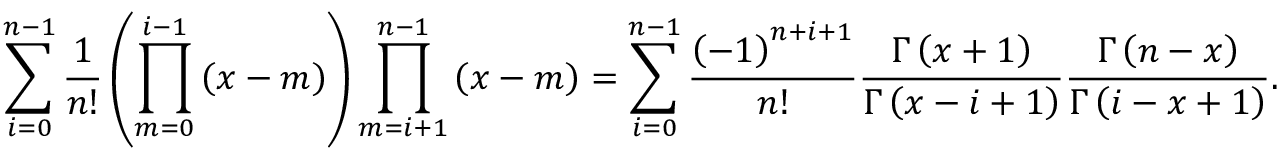
\sum _ { i = 0 } ^ { n - 1 } \frac { 1 } { n ! } \left( \prod _ { m = 0 } ^ { i - 1 } \left( x - m \right) \right) \prod _ { m = i + 1 } ^ { n - 1 } \left( x - m \right) = \sum _ { i = 0 } ^ { n - 1 } \frac { \left( - 1 \right) ^ { n + i + 1 } } { n ! } \frac { \Gamma \left( x + 1 \right) } { \Gamma \left( x - i + 1 \right) } \frac { \Gamma \left( n - x \right) } { \Gamma \left( i - x + 1 \right) } .